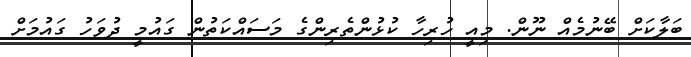
ބަލާކަށް ބޭނުމެއް ނޫން. މިއީ ހުރިހާ ކުޅުންތެރިންގެ މަސައްކަތުން ގައުމީ ދުވަހު ގައުމަށް